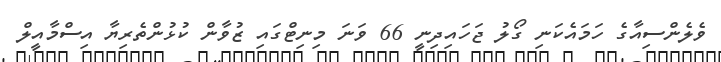
ވެލެންސިއާގެ ހަމައެކަނި ގޯލު ޖަހައިދިނީ 66 ވަނަ މިނިޓްގައި ޒުވާން ކުޅުންތެރިޔާ އިސްމާއީލް